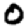
Digit: 0